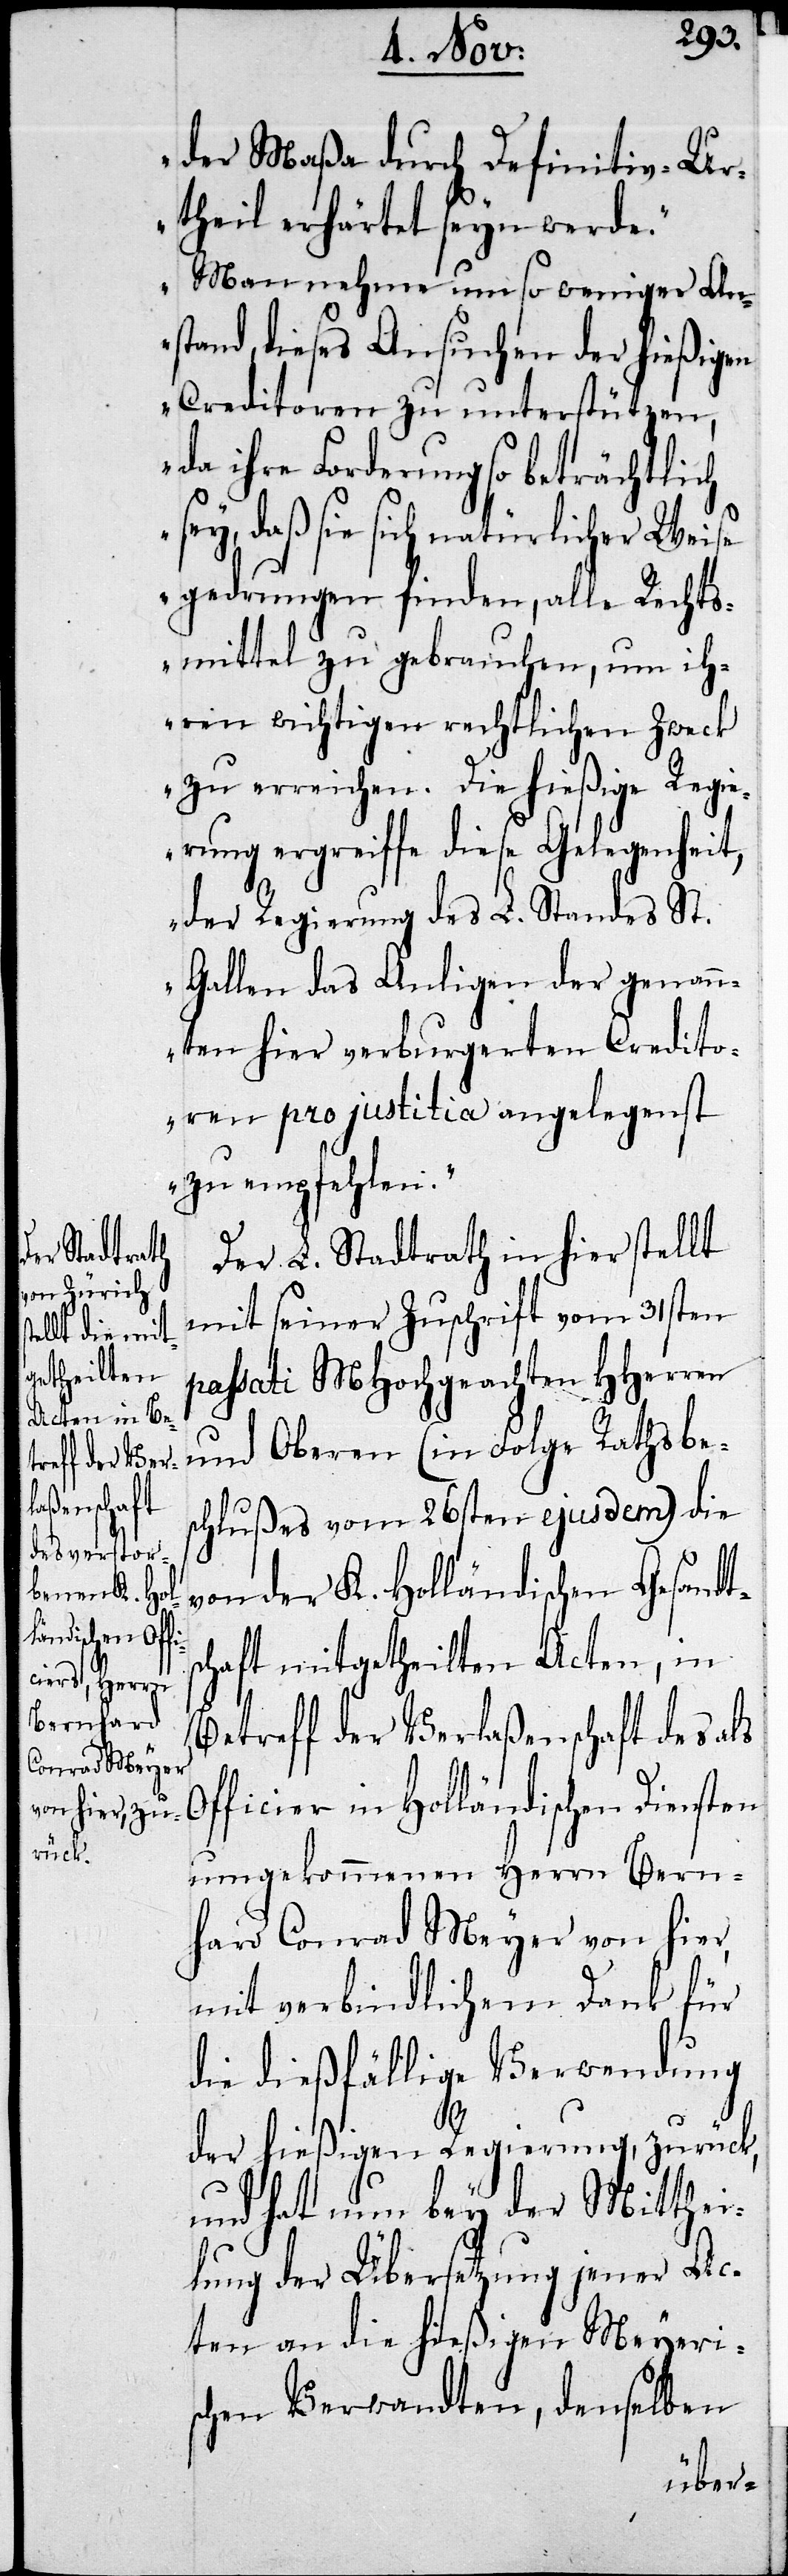
der Maßa durch Definitiv-Ur¬
theil erhärtet seyn werde.
Man nehme um so weniger An¬
stand, dieses Ansuchen der hießigen
Creditoren zu unterstützen,
da ihre Forderung so beträchtlich
sey, daß sie sich natürlicher Weise
gedrungen finden, alle Rechts¬
mittel zu gebrauchen, um ih¬
ren wichtigen rechtlichen Zweck
zu erreichen. Die hießige Regie¬
rung ergreiffe diese Gelegenheit,
der Regierung des L. Standes St.
Gallen das Anligen der genann¬
ten hier verburgerten Credito¬
ren pro justitia angelegenst
zu empfehlen.“
Der L. Stadtrath in hier stellt
mit seiner Zuschrift vom 31sten
passati MHochgeachten HHerren
und Oberen (in Folge Ratsbe¬
schlußes vom 26sten ejusdem) die
von der K. Holländischen Gesandt¬
schaft mitgetheilten Acten, in
Betreff der Verlassenschaft des als
Officier in Holländischen Diensten
umgekommenen Herrn Bern¬
hard Conrad Meyer von hier,
mit verbindlichem Dank für
die dießfällige Verwendung
der hießigen Regierung zurück,
und hat nun bey der Mitthei¬
lung der Übersetzung jener Ac¬
ten an die hießigen Meyeri¬
schen Verwandten, denselben